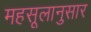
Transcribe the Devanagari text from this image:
महसूलानुसार